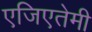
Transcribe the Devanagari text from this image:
एजिएतेमी